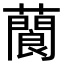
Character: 䕞